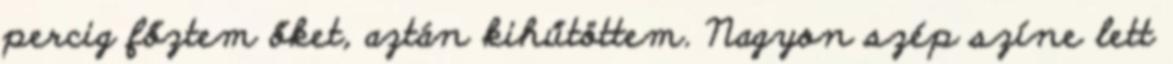
percig főztem őket, aztán kihűtöttem. Nagyon szép színe lett